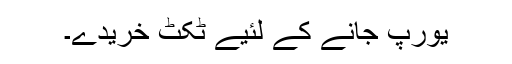
یورپ جانے کے لئیے ٹکٹ خریدے۔